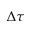
\Delta \tau